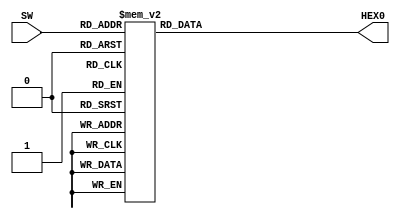
module sevenseg ( output reg [6:0] HEX0,
                  input      [3:0] SW );

   always @(*) begin
     case(SW)
        4'h1: HEX0 = 7'b1111001;
	4'h2: HEX0 = 7'b0100100;
	4'h3: HEX0 = 7'b0110000;
	4'h4: HEX0 = 7'b0011001;
	4'h5: HEX0 = 7'b0010010;
	4'h6: HEX0 = 7'b0000010;
	4'h7: HEX0 = 7'b1111000;
	4'h8: HEX0 = 7'b0000000;
	4'h9: HEX0 = 7'b0011000;
	4'ha: HEX0 = 7'b0001000;
	4'hb: HEX0 = 7'b0000011;
	4'hc: HEX0 = 7'b1000110;
	4'hd: HEX0 = 7'b0100001;
	4'he: HEX0 = 7'b0000110;
	4'hf: HEX0 = 7'b0001110;
	4'h0: HEX0 = 7'b1000000;
     endcase // case (SW)
   end

endmodule